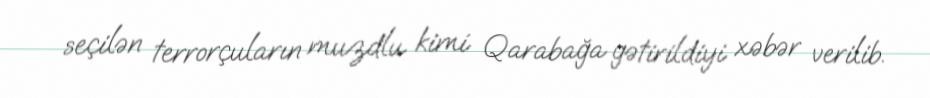
seçilən terrorçuların muzdlu kimi Qarabağa gətirildiyi xəbər verilib.